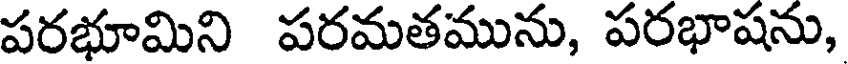
పరభూమిని పరమతమును, పరభాషను,